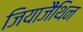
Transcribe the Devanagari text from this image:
जियाजैंथिन